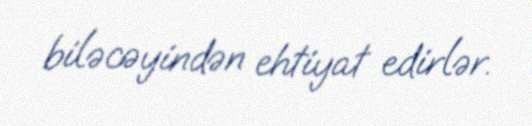
biləcəyindən ehtiyat edirlər.